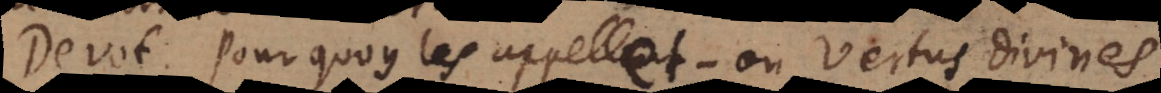
v o t. Pourquoy les appelle‐t‐on vertus divines?